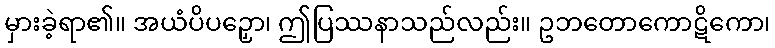
မှားခဲ့ရာ၏။ အယံပိပဉှော၊ ဤပြဿနာသည်လည်း။ ဥဘတောကောဋိကော၊